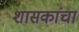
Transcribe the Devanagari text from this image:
शासकांचा